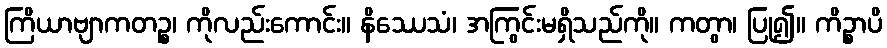
ကြိယာဗျာကတဉ္စ၊ ကိုလည်းကောင်း။ နိဿေသံ၊ အကြွင်းမရှိသည်ကို။ ကတွာ၊ ပြု၍။ ကိဉ္စာပိ